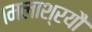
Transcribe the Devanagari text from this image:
।मलाश्रयौ